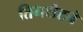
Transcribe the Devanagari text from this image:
तिमशेटने